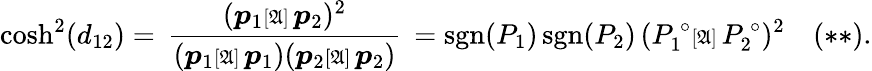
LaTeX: \displaystyle\cosh^{2}(d_{12})=\, \frac{(\boldsymbol{p}_{1}{\scriptstyle{[\mathfrak{A}]}\, }\boldsymbol{p}_{2})^{2}}{({\boldsymbol{p}_{1}{\scriptstyle{[\mathfrak{A}]}\, }\boldsymbol{p}_{1})}({\boldsymbol{p}_{2}{\scriptstyle{[\mathfrak{A}]}\, }\boldsymbol{p}_{2}})}\, =\textrm{sgn}({P_{1}})\, \textrm{sgn}({P_{2}})\, (P_{1}^{\, \circ}{\scriptstyle{[\mathfrak{A}]}\, }P_{2}^{\, \circ})^{2}\, \; \; \; (**).